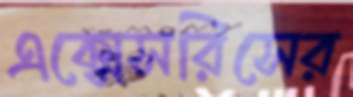
এক্সেসরিসের